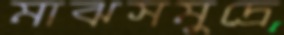
মাঝসমুদ্রে